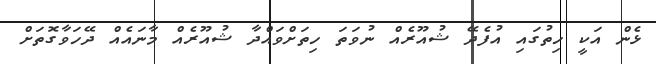
ޅެން އަކީ ހިތުގައި އުފެދޭ ޝުއޫރެއް ނުވަތަ ހިތަށްވައްދާ ޝުއޫރެއް މާނައެއް ދޭހަވާގޮތަށް